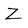
Character: Z